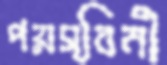
পয়স্বিনী